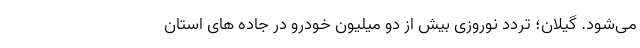
می‌شود. گیلان؛ تردد نوروزی بیش از دو میلیون خودرو در جاده های استان